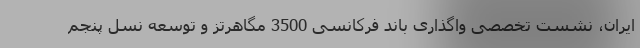
ایران، نشست تخصصی واگذاری باند فرکانسی 3500 مگاهرتز و توسعه نسل پنجم